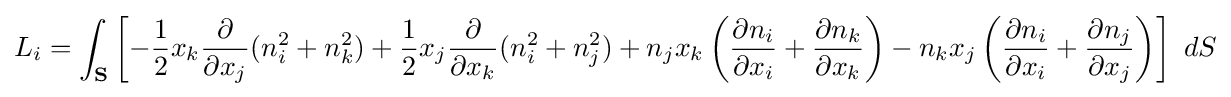
L_{i}=\int _{\mathbf {S} }\left[-{\frac {1}{2}}x_{k}{\frac {\partial }{\partial x_{j}}}(n_{i}^{2}+n_{k}^{2})+{\frac {1}{2}}x_{j}{\frac {\partial }{\partial x_{k}}}(n_{i}^{2}+n_{j}^{2})+n_{j}x_{k}\left({\frac {\partial n_{i}}{\partial x_{i}}}+{\frac {\partial n_{k}}{\partial x_{k}}}\right)-n_{k}x_{j}\left({\frac {\partial n_{i}}{\partial x_{i}}}+{\frac {\partial n_{j}}{\partial x_{j}}}\right)\right]\ dS